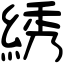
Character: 綉